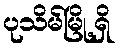
ပုသိမ်မြို့ရှိ